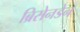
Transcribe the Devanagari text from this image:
ब्रिसेनडेन